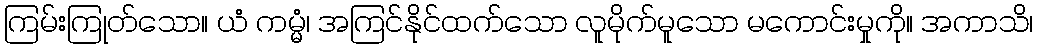
ကြမ်းကြုတ်သော။ ယံ ကမ္မံ၊ အကြင်နိုင်ထက်သော လူမိုက်မူသော မကောင်းမှုကို။ အကာသိ၊